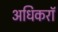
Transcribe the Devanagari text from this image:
अधिकरॉ